画像に写った文字を読んでください
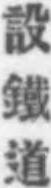
「設鐵道」と書いてあります